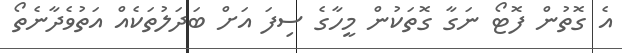
އެ ގޮތުން ފޮޓޯ ނަގާ ގޮތަކުން މީހާގެ ސިފަ އަށް ބަދަލުތަކެއް އަތުވެދާނެތޯ